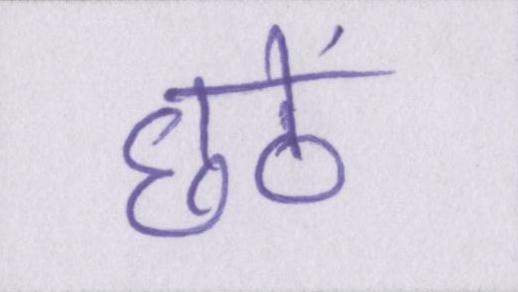
छठें